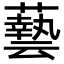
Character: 𮒛